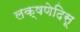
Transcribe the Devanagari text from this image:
लक्षणेदिसू